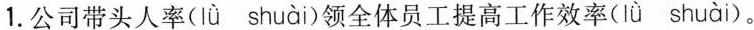
1.公司带头人\underset{·}{率}(lǜ shuài)领全体员工提高工作效\underset{·}{率}(lǜ shuài)。